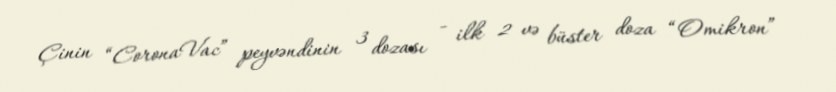
Çinin “CoronaVac” peyvəndinin 3 dozası - ilk 2 və büster doza “Omikron”